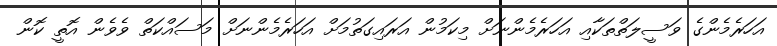
އަހަރެމެންގެ ވަސީލަތްތަކާއި އަހަރެމެންނަށް މިކަމުން އަރައިގަތުމަށް އަހަރެމެންނަށް މަސައްކަތް ވެވެން އޮތީ ކޮން